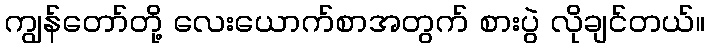
ကျွန်တော်တို့ လေးယောက်စာအတွက် စားပွဲ လိုချင်တယ်။